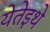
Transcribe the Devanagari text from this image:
येतेइथे